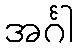
အင်္ဂါ